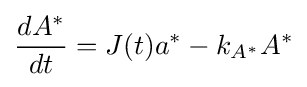
{\frac {dA^{*}}{dt}}=J(t)a^{*}-k_{A^{*}}A^{*}